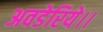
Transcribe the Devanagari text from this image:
अवडेरिये।।